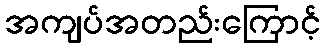
အကျပ်အတည်းကြောင့်